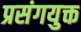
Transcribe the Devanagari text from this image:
प्रसंगयुक्त